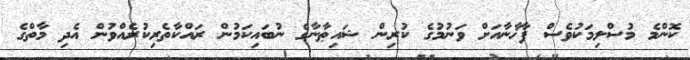
ކޮންމެ މުސްލިމަކުވެސް ފާޚާނާއަށް ވަނުމުގެ ކުރިން ޝައިޠާނާގެ ނުބައިކަމުން ރައްކާތެރިކުރެއްވުން އެދި މާތްގެ